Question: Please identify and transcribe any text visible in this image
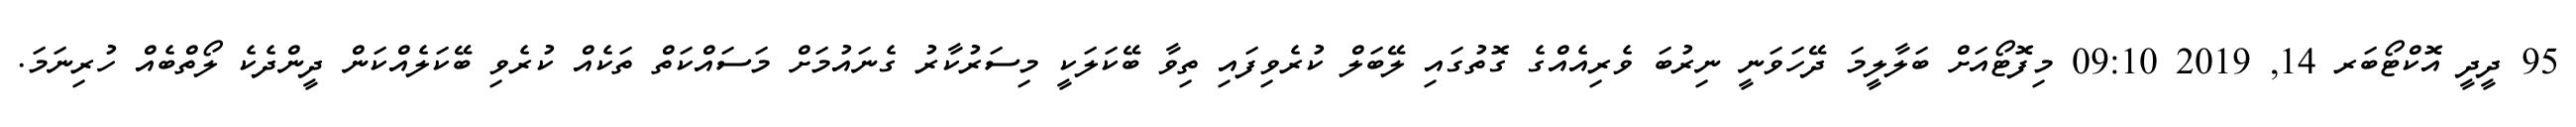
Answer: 95 ދީދީ އޮކްޓޯބަރ 14, 2019 09:10 މިފޮޓޯއަށް ބަލާލީމަ ދޭހަވަނީ ނިރުބަ ވެރިއެއްގެ ގޮތުގައި ލޭބަލް ކުރެވިފައި ތިވާ ބޭކަލަކީ މިސަރުކާރު ގެނައުމަށް މަސައްކަތް ތަކެއް ކުރެވި ބޭކަލެއްކަން ދީންދެކެ ލޯތްބެއް ހުރިނަމަ.